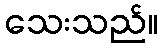
သေးသည်။